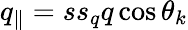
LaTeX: q_{\parallel}=ss_{q}q\cos\theta_{k}